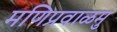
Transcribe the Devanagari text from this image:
मणिप्रवाळमु